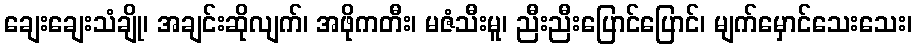
ချေးချေးသံချို၊ အချင်းဆိုလျက်၊ အဖိုကတီး၊ မဇံသီးမူ၊ ညီးညီးပြောင်ပြောင်၊ မျက်မှောင်သေးသေး၊